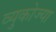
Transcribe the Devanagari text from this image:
व्युकोज्या